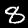
Digit: 8